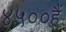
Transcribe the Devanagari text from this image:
४५००हैं